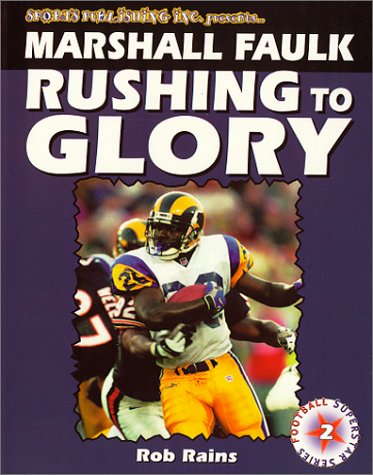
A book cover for Marshall Faulk: Rushing to Glory (Football Superstar); Rob Rains; Teen & Young Adult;